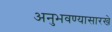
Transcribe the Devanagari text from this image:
अनुभवण्यासारखे